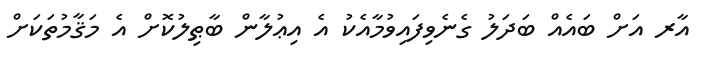
އާރ އަށް ބައެއް ބަދަލު ގެނެވިފައިވުމާއެކު އެ އިޢުލާން ބާޠިލުކޮށް އެ މަޤާމުތަކަށް